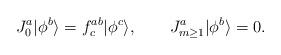
LaTeX: \begin{align*}J^a_0|\phi^b\rangle=f^{ab}_c|\phi^c\rangle,~~~~~~J^a_{m\ge1}|\phi^b\rangle=0.\end{align*}